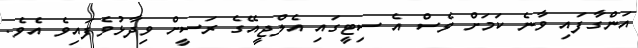
އަންގާފައި ވާނެ ކަމަށް ވެސް އެ ސިޓީގައި އެލްޖީއޭގެ ރަސީށް ވިދާޅުވެފައިވެ އެވެ.